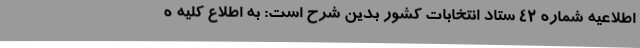
اطلاعیه شماره 42 ستاد انتخابات کشور بدین شرح است: به اطلاع کلیه ه